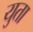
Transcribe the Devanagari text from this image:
युता